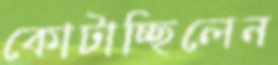
কোটাচ্ছিলেন